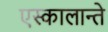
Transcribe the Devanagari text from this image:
एस्कालान्ते